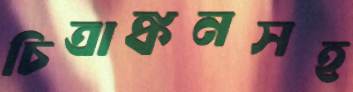
চিত্রাঙ্কনসহ